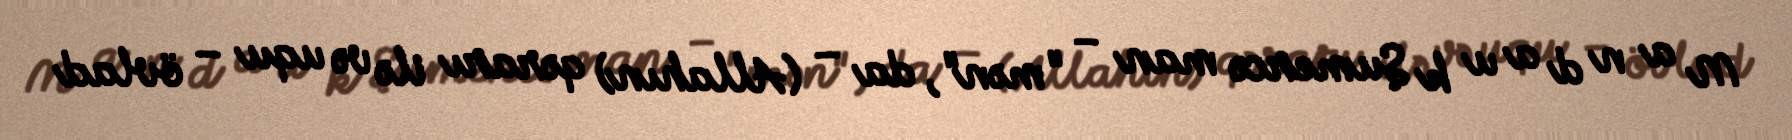
M a n d a u k Şumercə man – "mən", da – (Allahın) qərarı ilə və uqu – övlad